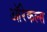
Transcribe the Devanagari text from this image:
ऑरेकल्स